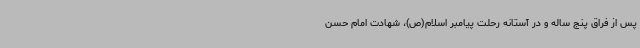
پس از فراق پنج ساله و در آستانه رحلت پیامبر اسلام(ص)، شهادت امام حسن